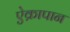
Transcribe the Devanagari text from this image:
ऐक्रापान